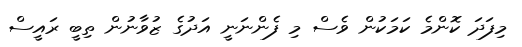
މިފަދަ ކޮންމެ ކަމަކުން ވެސް މި ފެންނަނީ އަދުގެ ޒުވާނުން ތިބީ ރައީސް